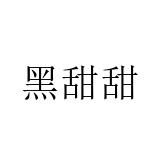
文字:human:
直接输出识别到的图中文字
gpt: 黑甜甜